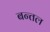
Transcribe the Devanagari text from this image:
बन्तल